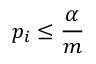
p _ { i } \leq { \frac { \alpha } { m } }